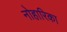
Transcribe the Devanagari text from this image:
नोहारिका